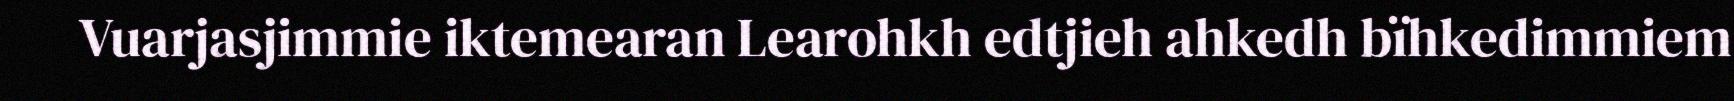
Vuarjasjimmie iktemearan Learohkh edtjieh ahkedh bïhkedimmiem